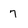
Character: 7